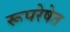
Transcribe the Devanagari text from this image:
रूपरेषेत